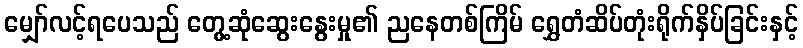
မျှော်လင့်ရပေသည် တွေ့ဆုံဆွေးနွေးမှု၏ ညနေတစ်ကြိမ် ရွှေတံဆိပ်တုံးရိုက်နှိပ်ခြင်းနှင့်